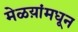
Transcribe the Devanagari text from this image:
मेळय़ांमधून